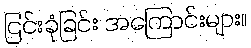
ငြင်းခုံခြင်း အကြောင်းများ။